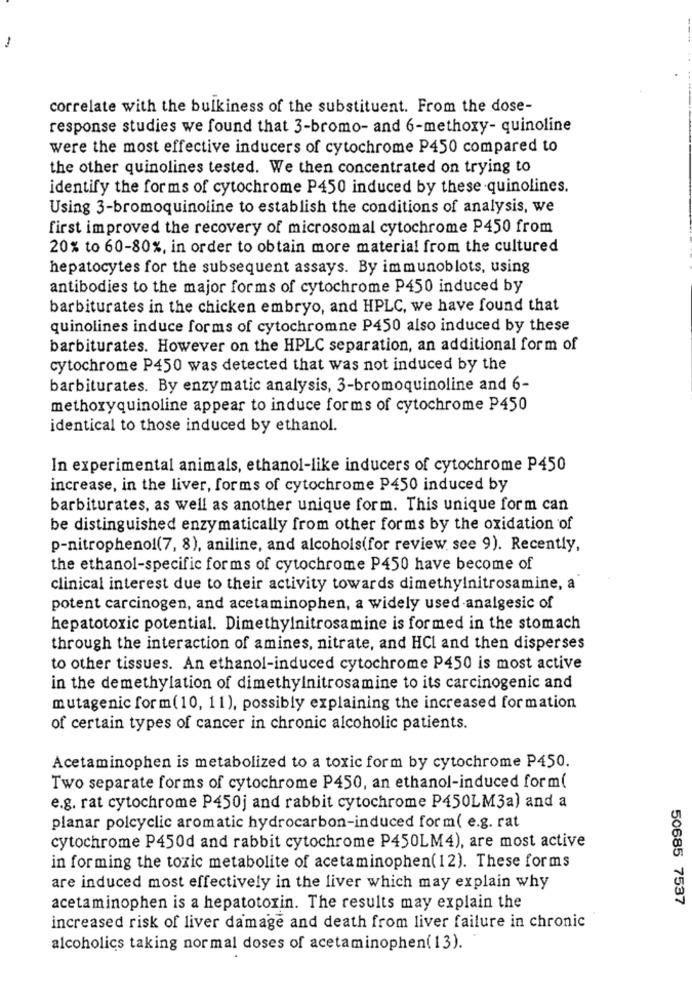
1
correlate with the bulkiness of the substituent. From the dose-
response studies we found that 3-bromo- and 6-methoxy- quinoline
were the most effective inducers of cytochrome P450 compared to
the other quinolines tested. We then concentrated on trying to
identify the forms of cytochrome P450 induced by these quinolines.
Using 3-bromoquinoline to establish the conditions of analysis, we
first improved the recovery of microsomal cytochrome P450 from
20% to 60-80%, in order to obtain more material from the cultured
hepatocytes for the subsequent assays. By immunoblots, using
antibodies to the major forms of cytochrome P450 induced by
barbiturates in the chicken embryo, and HPLC, we have found that
quinolines induce forms of cytochromne P450 also induced by these
barbiturates. However on the HPLC separation, an additional form of
cytochrome P450 was detected that was not induced by the
barbiturates. By enzymatic analysis, 3-bromoquinoline and 6-
methoxyquinoline appear to induce forms of cytochrome P450
identical to those induced by ethanol.
In experimental animals, ethanol-like inducers of cytochrome P450
increase, in the liver, forms of cytochrome P450 induced by
barbiturates, as well as another unique form. This unique form can
be distinguished enzymatically from other forms by the oxidation of
p-nitrophenol(7, 8), aniline, and alcohols(for review see 9). Recently,
the ethanol-specific forms of cytochrome P450 have become of
clinical interest due to their activity towards dimethylnitrosamine, a
potent carcinogen, and acetaminophen, a widely used analgesic of
hepatotoxic potential. Dimethylnitrosamine is formed in the stomach
through the interaction of amines, nitrate, and HCI and then disperses
to other tissues. An ethanol-induced cytochrome P450 is most active
in the demethylation of dimethylnitrosamine to its carcinogenic and
mutagenic form(10, 11), possibly explaining the increased formation
of certain types of cancer in chronic alcoholic patients.
Acetaminophen is metabolized to a toxic form by cytochrome P450.
Two separate forms of cytochrome P450, an ethanol-induced form(
e.g. rat cytochrome P450j and rabbit cytochrome P450LM3a) and a
planar polcyclic aromatic hydrocarbon-induced form( e.g. rat
cytochrome P450d and rabbit cytochrome P450LM4), are most active
in forming the toxic metabolite of acetaminophen(12). These forms
are induced most effectively in the liver which may explain why
50685 7537
acetaminophen is a hepatotoxin. The results may explain the
increased risk of liver damage and death from liver failure in chronic
alcoholics taking normal doses of acetaminophen( 13).